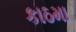
કાઠમા